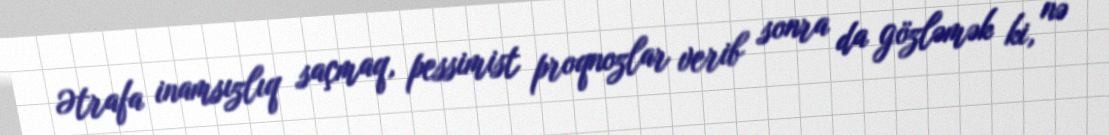
Ətrafa inamsızlıq saçmaq, pessimist proqnozlar verib sonra da gözləmək ki, nə